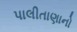
પાલીતાણાનો